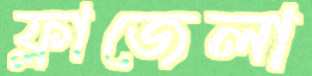
ফ্লাজেলা